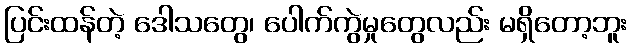
ပြင်းထန်တဲ့ ဒေါသတွေ၊ ပေါက်ကွဲမှုတွေလည်း မရှိတော့ဘူး